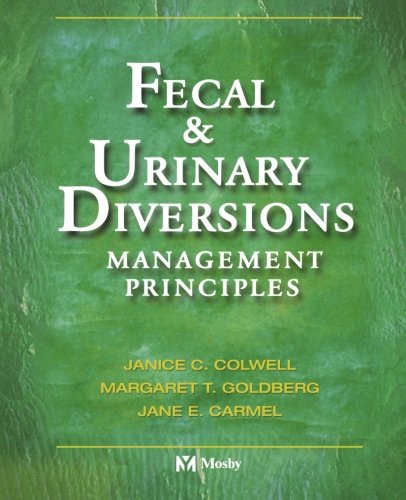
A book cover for Fecal & Urinary Diversions: Management Principles, 1e; Janice C. Colwell RN  MS  CWOCN; Medical Books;